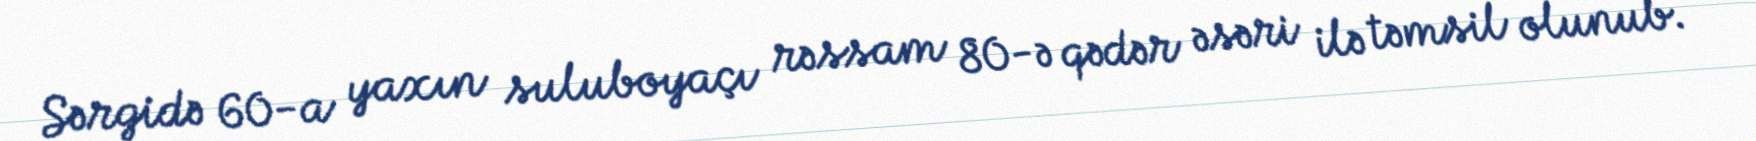
Sərgidə 60-a yaxın suluboyaçı rəssam 80-ə qədər əsəri ilə təmsil olunub.